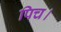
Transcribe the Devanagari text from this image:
पिच।